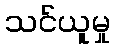
သင်ယူမှု